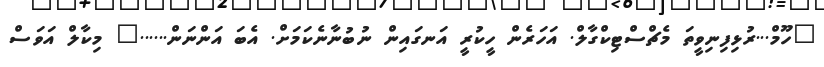
"ހޫމް...ރުޅިފިނިވީތަ މެޗްސްޓިކްގާލް. އަހަރެން ހީކުރީ އަނގައިން ނުބުނާނެކަމަށް. އެބަ އަންނަން......" މިކާލް އަވަސް